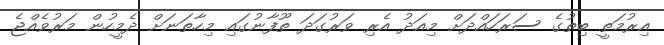
އިރުމަތީ ބިތުގެ ސަރަހައްދަށް މިއަދު އެރި ވަރުގަދަ ތޫފާނުގައި މިހާތަނަށް ދެމީހުން މަރުވެއްޖެ